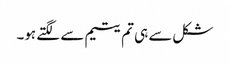
شکل سے ہی تم یتیم سے لگتے ہو۔